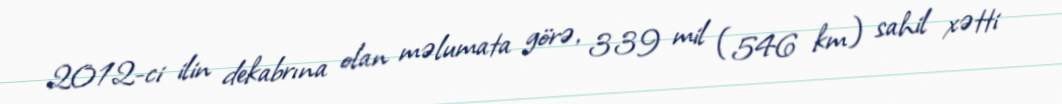
2012-ci ilin dekabrına olan məlumata görə, 339 mil (546 km) sahil xətti